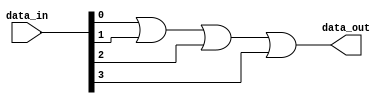
module or_gate(input [3:0] data_in, output data_out);

assign data_out = data_in[0] | data_in[1] | data_in[2] | data_in[3];

endmodule